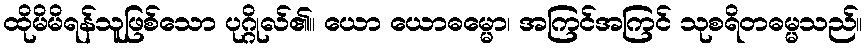
ထိုမိမိရန်သူဖြစ်သော ပုဂ္ဂိုလ်၏။ ယော ယောဓမ္မော၊ အကြင်အကြင် သုစရိတဓမ္မသည်။